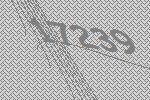
17239